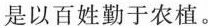
是以百姓勤于农植。